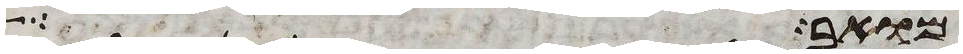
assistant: מואב